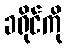
ခရိုင်ကို